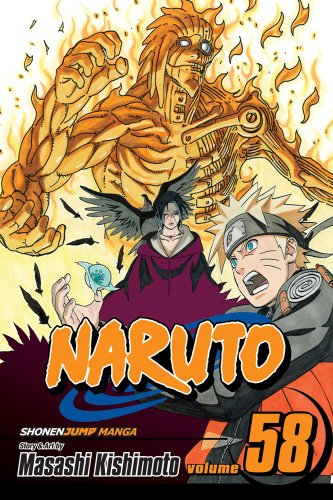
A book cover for Naruto, Vol. 58: Naruto vs. Itachi; Masashi Kishimoto; Teen & Young Adult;